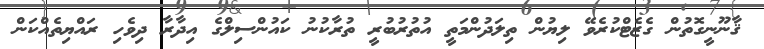
ޤާނޫނީގޮތުން ގެޒެޓްކުރެވޭ ލިޔުން ތިލަދުންމަތީ އުތުރުބުރީ ތުރާކުނު ކައުންސިލްގެ އިދާރާ ދިވެހި ރައްޔިތެއްކަން